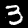
Label: 3